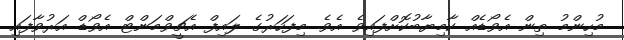
މުހިންމު ތިން އެވޯޑެއް ކާމިޔާބުކޮށްފައިވެ އެވެ. މިފަހަރުގެ ލައިފް އެޗީވްމަންޓް އެވޯޑް އަރުވާފައި